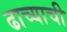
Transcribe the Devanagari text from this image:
ढाच्याची